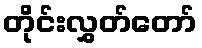
တိုင်းလွှတ်တော်